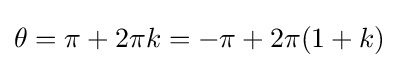
\theta =\pi +2\pi k=-\pi +2\pi (1+k)